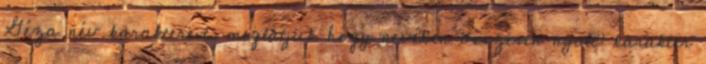
Géza név karaktereit, meglátjuk hogy nevében összesen nyolc karakter